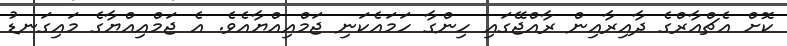
ކޮށް އެޗްއާރްގެ ދާއިރާއިން ރާއްޖޭގައި ހިންގާ ހަމައެކަނި ޖަމްއިއްޔާއެވެ. އެ ޖަމްއިއްޔާގެ މައިގަނޑު